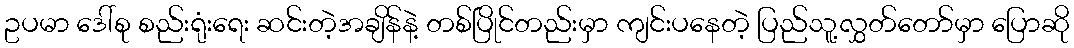
ဥပမာ ဒေါ်စု စည်းရုံးရေး ဆင်းတဲ့အချိန်နဲ့ တစ်ပြိုင်တည်းမှာ ကျင်းပနေတဲ့ ပြည်သူ့လွှတ်တော်မှာ ပြောဆို